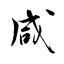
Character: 咸